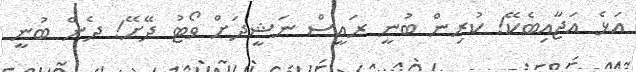
އަޅެ އަޖާއިބެކޭ! ކުރިން ބުނީ ރައީސް ނަޝީދަށް ވޯޓު ދޭށޭ! ދެން ބުނީ